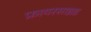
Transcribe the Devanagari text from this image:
फ़ायरसाइड